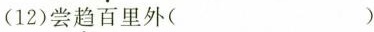
(12)尝\underset{·}{趋}百里外( )